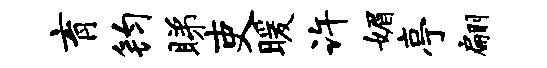
育钧睇吏暖许媚亭翩